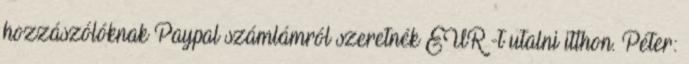
hozzászólóknak Paypal számlámról szeretnék EUR -t utalni itthon. Péter: